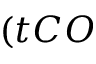
( t C O